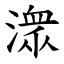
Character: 潨